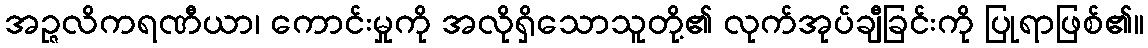
အဉ္ဇလိကရဏီယာ၊ ကောင်းမှုကို အလိုရှိသောသူတို့၏ လုက်အုပ်ချီခြင်းကို ပြုရာဖြစ်၏။